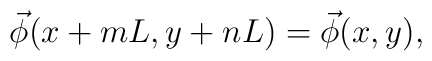
\vec{\phi}(x+mL,y+nL)=\vec{\phi}(x,y),